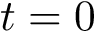
t = 0